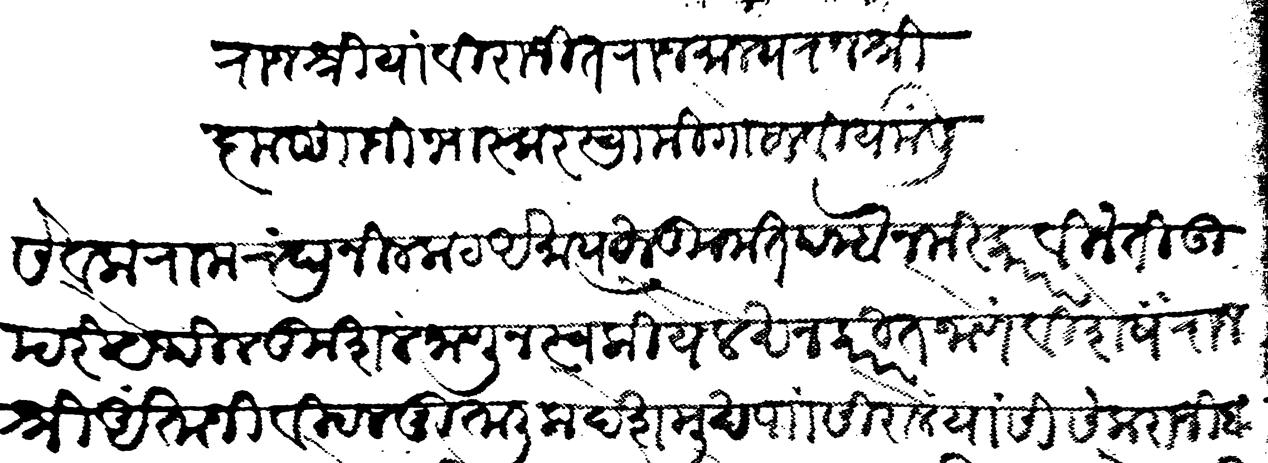
Transliteration (Devanagari): राजश्रियां विराजित राजमान्य राजश्री कृष्णाजी भास्कर स्वामी गोसावी यांसी सेवक रामचंद्र नीलकट अमात्य हुकुमत पन्हा नमस्कार विनंती उपरी येथील कुशल जाणून स्वकीये लेखन करीत जाणे विशेष राजश्री अंताजी विटल मुतालिक देशमुख प सिराले यांसी संक्तराजी बीन